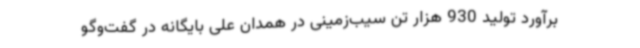
برآورد تولید 930 هزار تن سیب‌زمینی در همدان علی بایگانه در گفت‌وگو